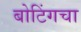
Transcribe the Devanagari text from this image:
बोटिंगचा